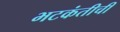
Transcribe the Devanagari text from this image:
भटकंतीची